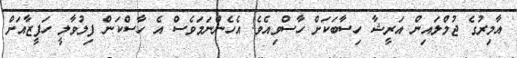
އާމިރުގެ ޖުމްލައިން އަރީޝާ ހިސާބަކަށް ހާސްވިއެެވެ. އެހެންނަމަވެސް އެ ހާސްކަން ފިލުވާލީ ހަފީޒާއަށް